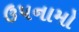
ઉપનામો